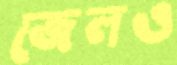
জেলও